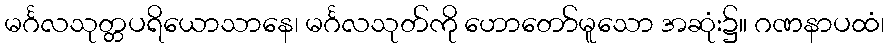
မင်္ဂလသုတ္တပရိယောသာနေ၊ မင်္ဂလသုတ်ကို ဟောတော်မူသော အဆုံး၌။ ဂဏနာပထံ၊